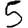
Digit: 5